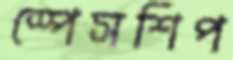
স্পেসশিপ